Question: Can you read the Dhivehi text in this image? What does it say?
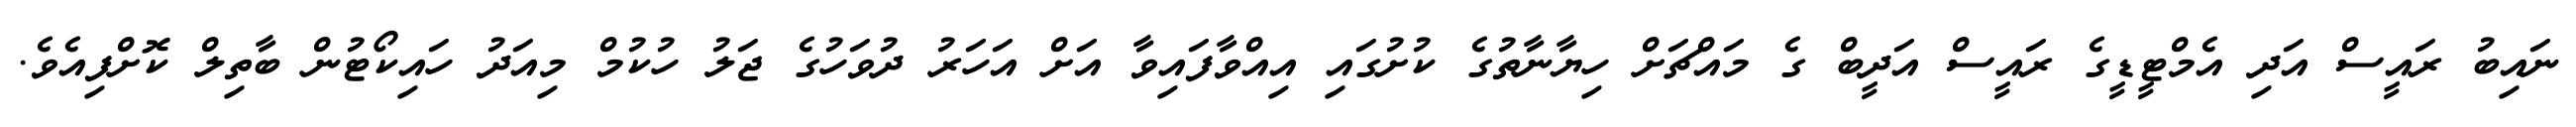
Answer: ނައިބު ރައީސް އަދި އެމްޓީޑީގެ ރައީސް އަދީބް ގެ މައްޗަށް ހިޔާނާތުގެ ކުށުގައި އިއްވާފައިވާ އަށް އަހަރު ދުވަހުގެ ޖަލު ހުކުމް މިއަދު ހައިކޯޓުން ބާތިލް ކޮށްފިއެވެ.